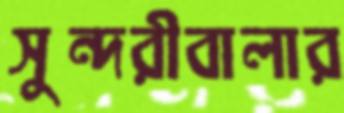
সুন্দরীবালার